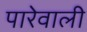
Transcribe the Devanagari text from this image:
पारेवाली